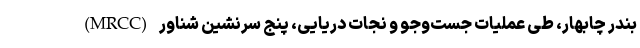
(MRCC) بندر چابهار، طی عملیات جست‌وجو و نجات دریایی، پنج سرنشین شناور